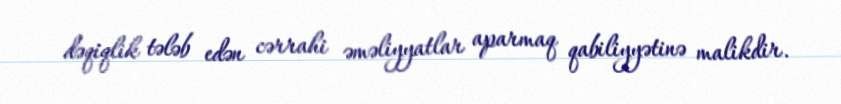
dəqiqlik tələb edən cərrahi əməliyyatlar aparmaq qabiliyyətinə malikdir.